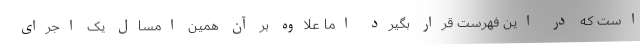
است که در این فهرست قرار بگیرد اما علاوه بر آن همین امسال یک اجرای